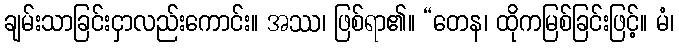
ချမ်းသာခြင်းငှာလည်းကောင်း။ အဿ၊ ဖြစ်ရာ၏။ “တေန၊ ထိုကမြစ်ခြင်းဖြင့်။ မံ၊